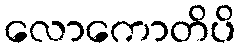
လောကောတိပိ